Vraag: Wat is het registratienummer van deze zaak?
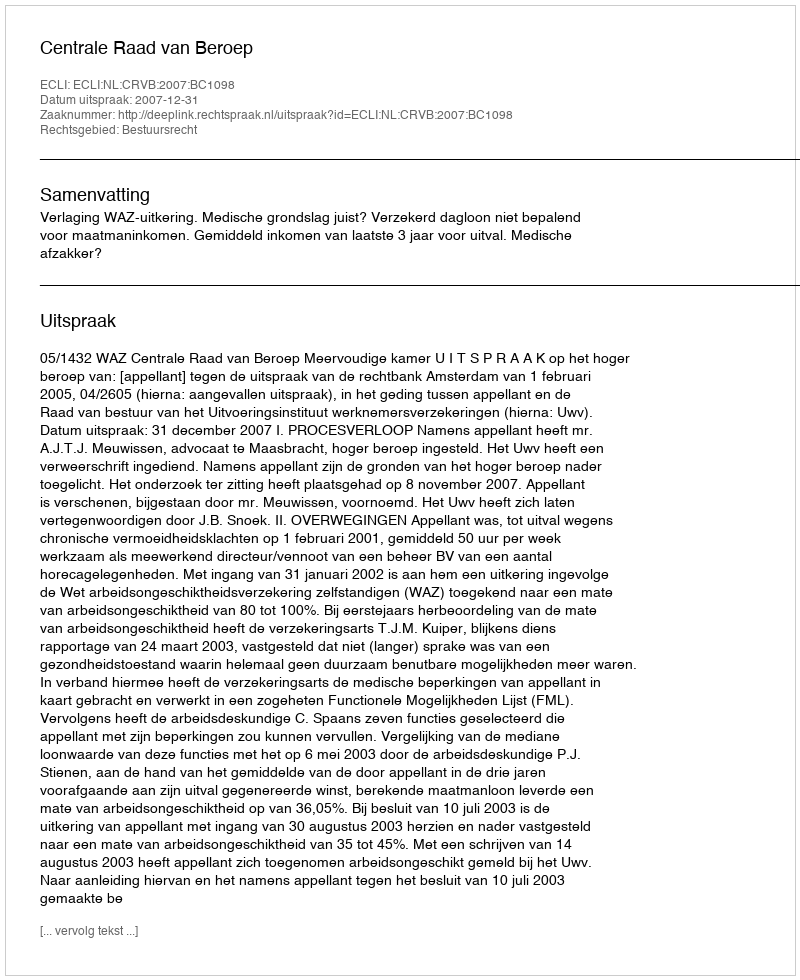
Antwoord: http://deeplink.rechtspraak.nl/uitspraak?id=ECLI:NL:CRVB:2007:BC1098